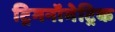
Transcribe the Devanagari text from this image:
ट्रिगनॉमेट्रिक